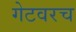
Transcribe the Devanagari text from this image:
गेटवरच